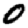
Digit: 0